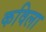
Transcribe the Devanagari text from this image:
कविला